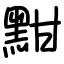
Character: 黚